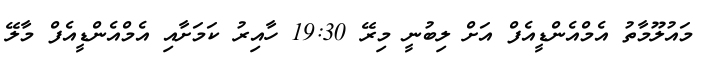
މައުލޫމާތު އެމްއެންޑީއެފް އަށް ލިބުނީ މިރޭ 19:30 ހާއިރު ކަމަށާއި އެމްއެންޑީއެފް މާލޭ